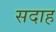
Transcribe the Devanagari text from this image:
सदाह